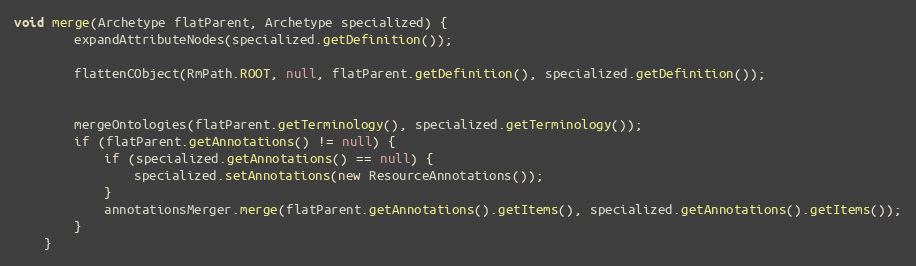
Language: Java
void merge(Archetype flatParent, Archetype specialized) {
        expandAttributeNodes(specialized.getDefinition());

        flattenCObject(RmPath.ROOT, null, flatParent.getDefinition(), specialized.getDefinition());

        mergeOntologies(flatParent.getTerminology(), specialized.getTerminology());
        if (flatParent.getAnnotations() != null) {
            if (specialized.getAnnotations() == null) {
                specialized.setAnnotations(new ResourceAnnotations());
            }
            annotationsMerger.merge(flatParent.getAnnotations().getItems(), specialized.getAnnotations().getItems());
        }
    }